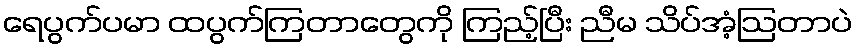
ရေပွက်ပမာ ထပွက်ကြတာတွေကို ကြည့်ပြီး ညီမ သိပ်အံ့ဩတာပဲ